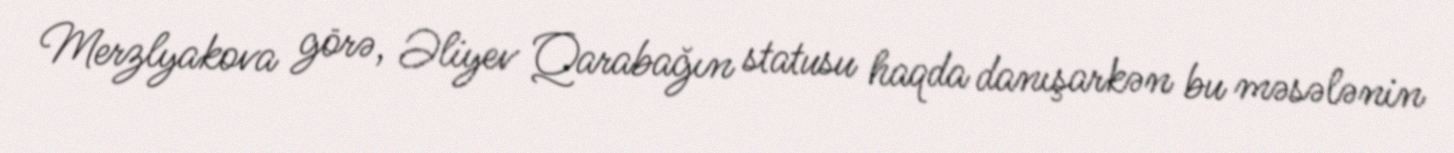
Merzlyakova görə, Əliyev Qarabağın statusu haqda danışarkən bu məsələnin